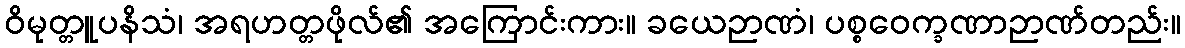
ဝိမုတ္တူပနိသံ၊ အရဟတ္တဖိုလ်၏ အကြောင်းကား။ ခယေဉာဏံ၊ ပစ္စဝေက္ခဏာဉာဏ်တည်း။